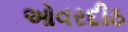
ઓવરદીઠ